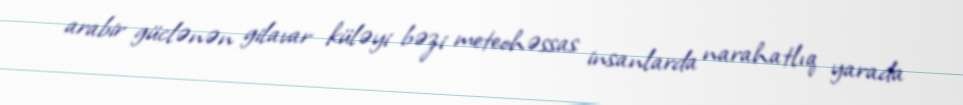
arabir güclənən gilavar küləyi bəzi meteohəssas insanlarda narahatlıq yarada